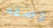
وصفه